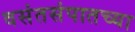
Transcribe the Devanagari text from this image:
वसंतसंपातच्या